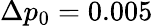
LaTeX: \Delta p_{0}=0.005